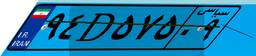
۱۵D۸۰۱۷۳